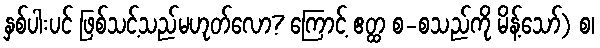
နှစ်ပါးပင် ဖြစ်သင့်သည်မဟုတ်လော? ကြောင့် ဧတ္ထ စ-စသည်ကို မိန့်သော်) စ၊